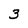
Character: 3